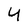
Character: 4